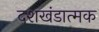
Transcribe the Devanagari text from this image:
दशखंडात्मक